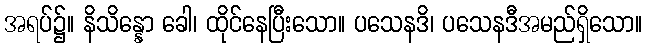
အရပ်၌။ နိသိန္နော ခေါ၊ ထိုင်နေပြီးသော။ ပသေနဒိ၊ ပသေနဒီအမည်ရှိသော။